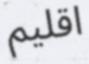
اقلیم